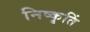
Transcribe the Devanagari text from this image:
निष्कृतिं